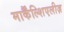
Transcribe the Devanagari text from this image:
मार्कैंल्शिएलीज़